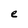
Character: e